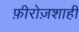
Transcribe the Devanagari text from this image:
फ़ीरोज़शाही